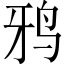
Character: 鸦